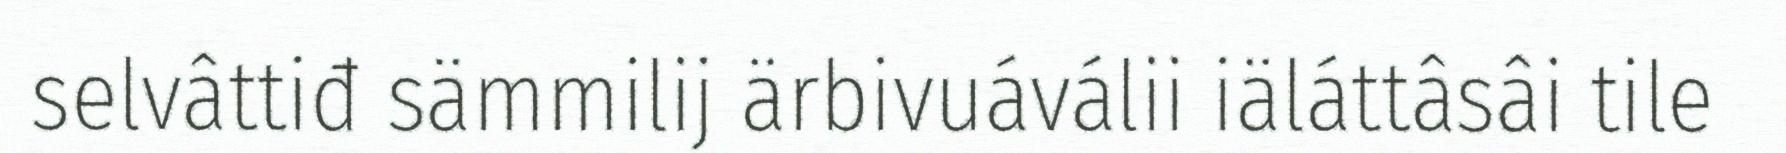
selvâttiđ sämmilij ärbivuáválii iäláttâsâi tile